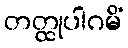
တတ္ထုပါဂမိံ